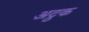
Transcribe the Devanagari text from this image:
अट्ठक